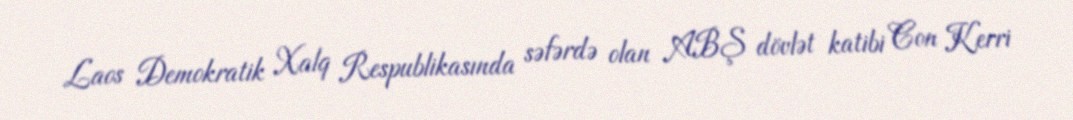
Laos Demokratik Xalq Respublikasında səfərdə olan ABŞ dövlət katibi Con Kerri